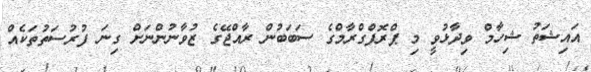
އައިޝަތު ޝިހާމް ވިދާޅުވީ މި ޕްރޮފްގްރާމްގެ ސަބަބުން ރާއްޖޭގެ ޒުވާނުންނަށް ގިނަ ފުރުސަތުތަކެއް